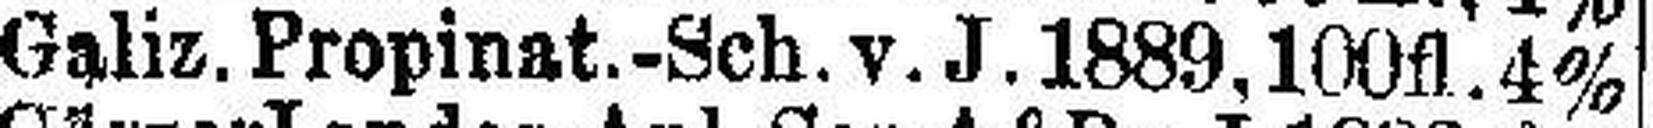
Galiz. Propinat.-Sch.v.J. 1889, 100 fl. 4%